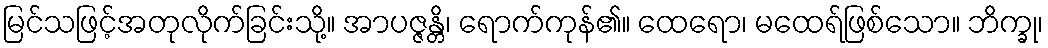
မြင်သဖြင့်အတုလိုက်ခြင်းသို့။ အာပဇ္ဇန္တိ၊ ရောက်ကုန်၏။ ထေရော၊ မထေရ်ဖြစ်သော။ ဘိက္ခု၊